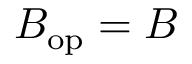
B _ { \mathrm { o p } } = B